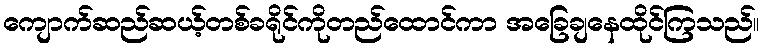
ကျောက်ဆည်ဆယ့်တစ်ခရိုင်ကိုတည်ထောင်ကာ အခြေချနေထိုင်ကြသည်။